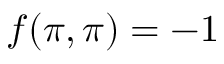
f ( \pi , \pi ) = - 1